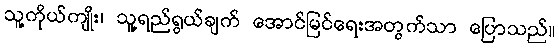
သူ့ကိုယ်ကျိုး၊ သူ့ရည်ရွယ်ချက် အောင်မြင်ရေးအတွက်သာ ပြောသည်။